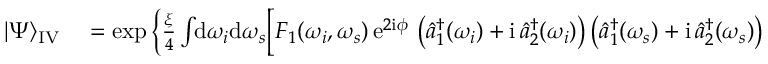
\begin{array} { r l } { | \Psi \rangle _ { \mathrm { I V } } } & { { } = \exp \Big \{ \frac { \xi } { 4 } \int \! \! \mathrm { d } \omega _ { i } \mathrm { d } \omega _ { s } \Big [ F _ { 1 } ( \omega _ { i } , \omega _ { s } ) \, \mathrm { e } ^ { 2 \mathrm { i } \phi } \, \left( \hat { a } _ { 1 } ^ { \dagger } ( \omega _ { i } ) + \mathrm { i } \, \hat { a } _ { 2 } ^ { \dagger } ( \omega _ { i } ) \right) \left( \hat { a } _ { 1 } ^ { \dagger } ( \omega _ { s } ) + \mathrm { i } \, \hat { a } _ { 2 } ^ { \dagger } ( \omega _ { s } ) \right) } \end{array}